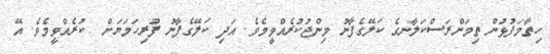
ހިތާމަފުޅުން ތިމަންރަސްކަލާނގެ ކަލޭގެފާނު މިންޖުކުރެއްވީމެވެ. އަދި ކަލޭގެފާނު ފުރިހަމަޔަށް  ކުރެއްވީމެވެ. އޭ